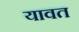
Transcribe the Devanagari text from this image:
यावत